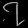
Digit: ၇